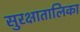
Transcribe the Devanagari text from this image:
सुरक्षातालिका